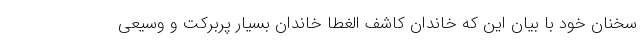
سخنان خود با بیان این که خاندان کاشف الغطا خاندان بسیار پربرکت و وسیعی